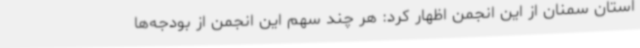
استان سمنان از این انجمن اظهار کرد: هر چند سهم این انجمن از بودجه‌ها